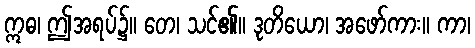
ဣဓ၊ ဤအရပ်၌။ တေ၊ သင်၏။ ဒုတိယော၊ အဖော်ကား။ ကာ၊